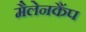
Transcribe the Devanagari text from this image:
मैलेनकैंप